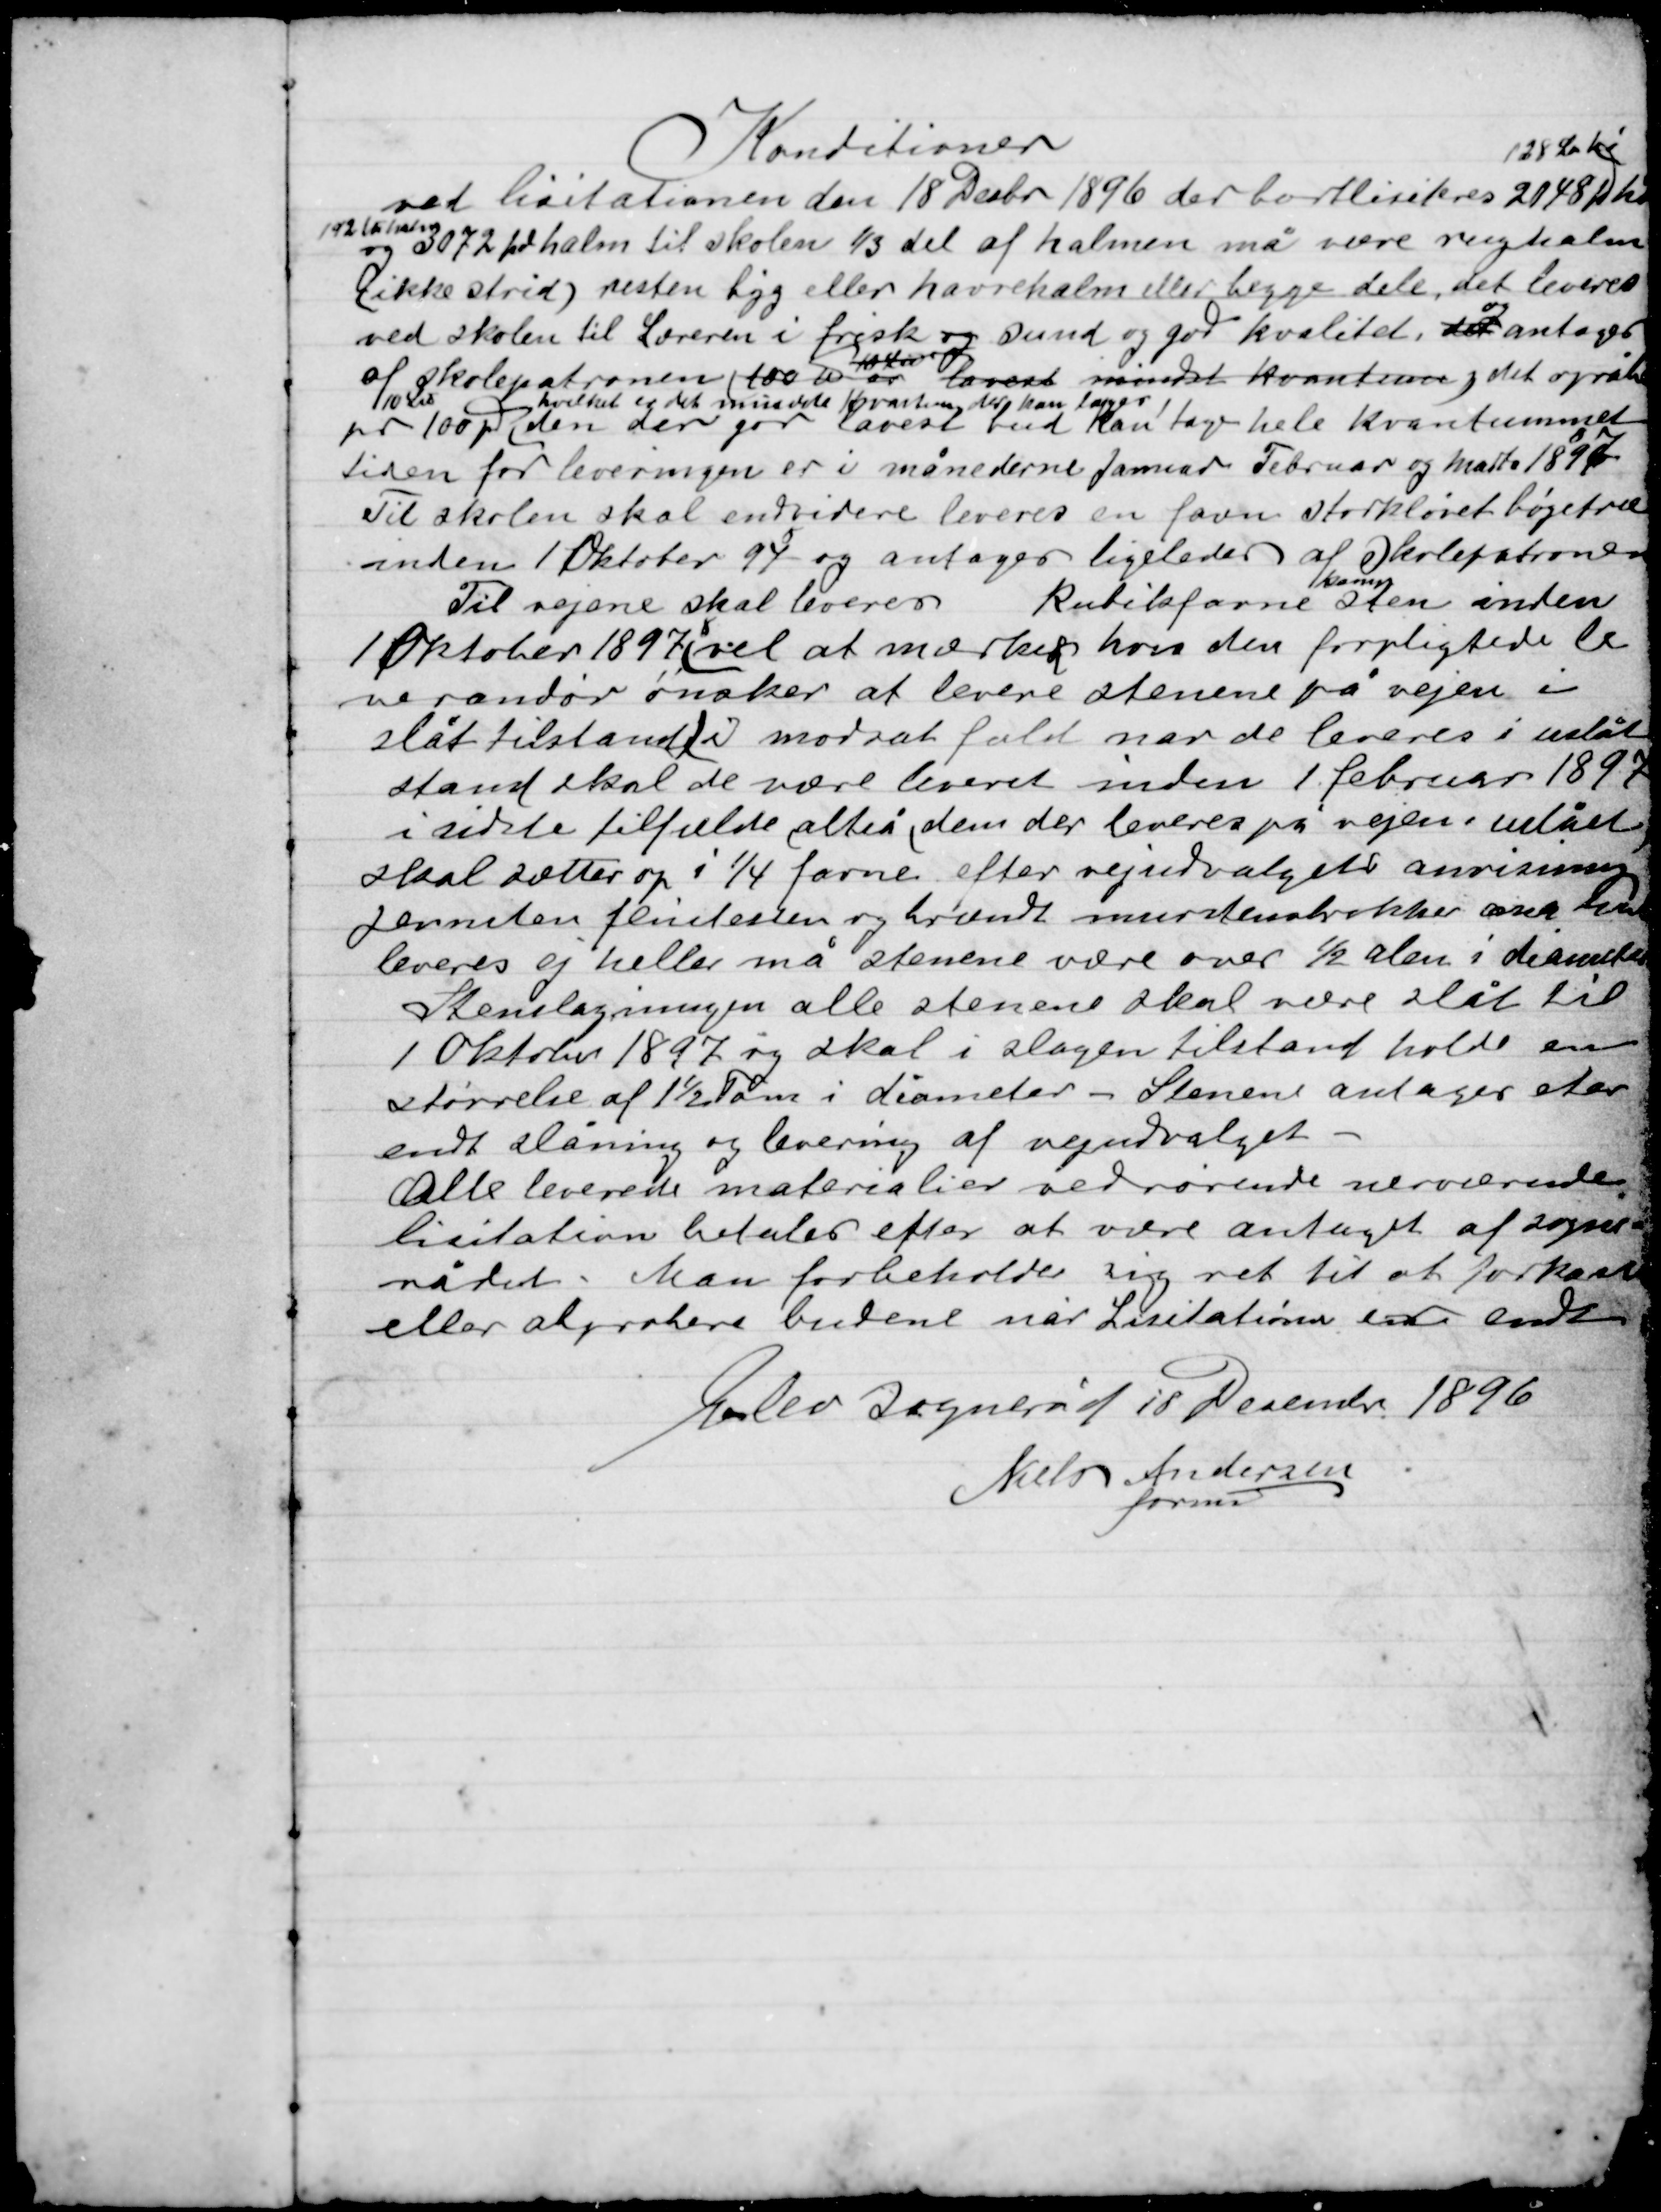
Transskription:
Konditionen
Ved licitationen den 18 Decbr. 1896 der bortliciteres 2048 pr
128 Læs
hø
192 læs
og 3072 læs halm til skolen 1/3 del af halmen må være rug halm
(ikke strød) resten byg eller havre halm eller begge dele, det leveres
ved skolen til Læreren i frisk og sund og god kvalitet, det
og
antages
af skolepatronen (100 u er
 40 læs og
lavest mindst kvantum ) det opråbe
100 læs
hvilket er det minste kvantum der kan lages
pr 100 p den der gør lavest bud kan tage hele kvantummet
tiden for leveringen er i månederne Januar Februar og Marts 1897
Til skolen skal endvidere leveres en favn storkløvet bøgetræ
Inden 1 Oktober 97 og antages ligeledes af Skolepatronen
Til vejene skal leveres Kubikfavne
kampe-
sten inden
1 Oktober 1897 vel at mærke den forpligtende le-
verandør ønsker at levere stenene på vejen i
slåt tilstand modsat fald når de leveres i uslåt
stand skal de være leveret inden 1 Februar 1897
i sidste tilfælde altså den der leveres på vejen uslået
skal sættes op i ¼ favne efter vejudvalgets anvisning
jernsten flintesten og brændt murstensbrokker over
leveres ej heller må stenene være over ½ alen i diameter
Stenslagningen alle stenene skal være slået til
1 Oktober 1897 og skal i slagen tilstand holde en
størrelse af 1½ Favn i diameter – Stenene antages efter
endt slåning og levering af vejudvalget
Alle leverede materialer vedrørende nerværende
Licitation betales efter at være antaget af Sogne-
rådet. Man forbeholder sig ret til at forkaste
eller approbere budene når Licitationen er endt
Elev Sogneråd den 11 December 1896
Niels Andersen
form